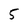
Character: 5